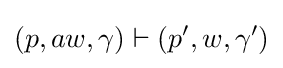
(p,aw,\gamma )\vdash (p',w,\gamma ')